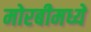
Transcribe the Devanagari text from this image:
मोरबीमध्ये